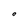
Character: O